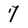
Character: 7